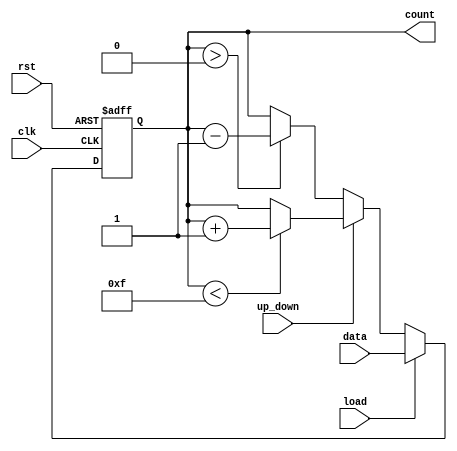
module LoadableCounter (
    input wire clk,               // Clock signal
    input wire rst,               // Asynchronous reset signal
    input wire load,              // Load control signal
    input wire [3:0] data,        // Load value (4-bit input)
    input wire up_down,           // Count direction control signal
    output reg [3:0] count        // Counter value (4-bit output)
);

    // Parameter for maximum count value (for 4-bit counter)
    parameter MAX_COUNT = 4'b1111; // 15 for 4-bit counter

    // Asynchronous reset
    always @(posedge clk or posedge rst) begin
        if (rst) begin
            count <= 4'b0000; // Reset counter to 0
        end else if (load) begin
            count <= data; // Load new value into counter
        end else begin
            // Counting operation based on up_down signal
            if (up_down) begin
                if (count < MAX_COUNT) begin
                    count <= count + 1; // Increment counter
                end
                // Optional: Enable wrap around
                // else begin
                //     count <= 4'b0000; // Wrap around to 0 if desired
                // end
            end else begin
                if (count > 0) begin
                    count <= count - 1; // Decrement counter
                end
                // Optional: Enable wrap around
                // else begin
                //     count <= MAX_COUNT; // Wrap around to MAX_COUNT if desired
                // end
            end
        end
    end

endmodule